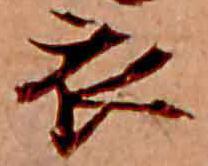
衣